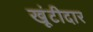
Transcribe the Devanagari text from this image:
खूंटीदार